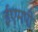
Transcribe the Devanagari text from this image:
ईएमपी